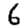
Digit: 6